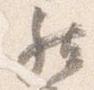
然